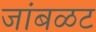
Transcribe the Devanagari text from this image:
जांबळट